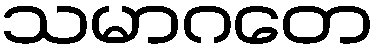
သမာဂတေ